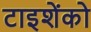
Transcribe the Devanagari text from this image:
टाइशेंको